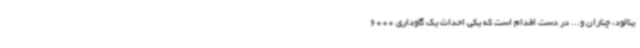
ینالود، چناران و... در دست اقدام است که یکی احداث یک گاوداری 6000